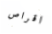
اقراص